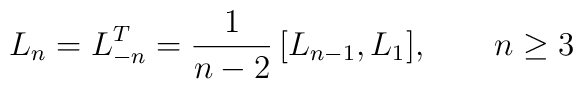
L_n=L_{-n}^T={1\over n-2}\,[L_{n-1},L_1],\qquad n\ge 3